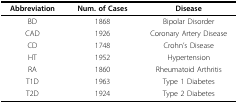
| Abbreviation | Num. of Cases | Disease |
 | --- | --- | --- |
 | BD | 1868 | Bipolar Disorder |
 | CAD | 1926 | Coronary Artery Disease |
 | CD | 1748 | Crohn's Disease |
 | HT | 1952 | Hypertension |
 | RA | 1860 | Rheumatoid Arthritis |
 | T1D | 1963 | Type 1 Diabetes |
 | T2D | 1924 | Type 2 Diabetes |